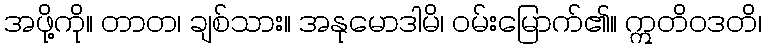
အဖို့ကို။ တာတ၊ ချစ်သား။ အနုမောဒါမိ၊ ဝမ်းမြောက်၏။ ဣတိဝဒတိ၊